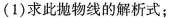
(1)求此抛物线的解析式；